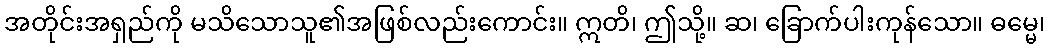
အတိုင်းအရှည်ကို မသိသောသူ၏အဖြစ်လည်းကောင်း။ ဣတိ၊ ဤသို့။ ဆ၊ ခြောက်ပါးကုန်သော။ ဓမ္မေ၊